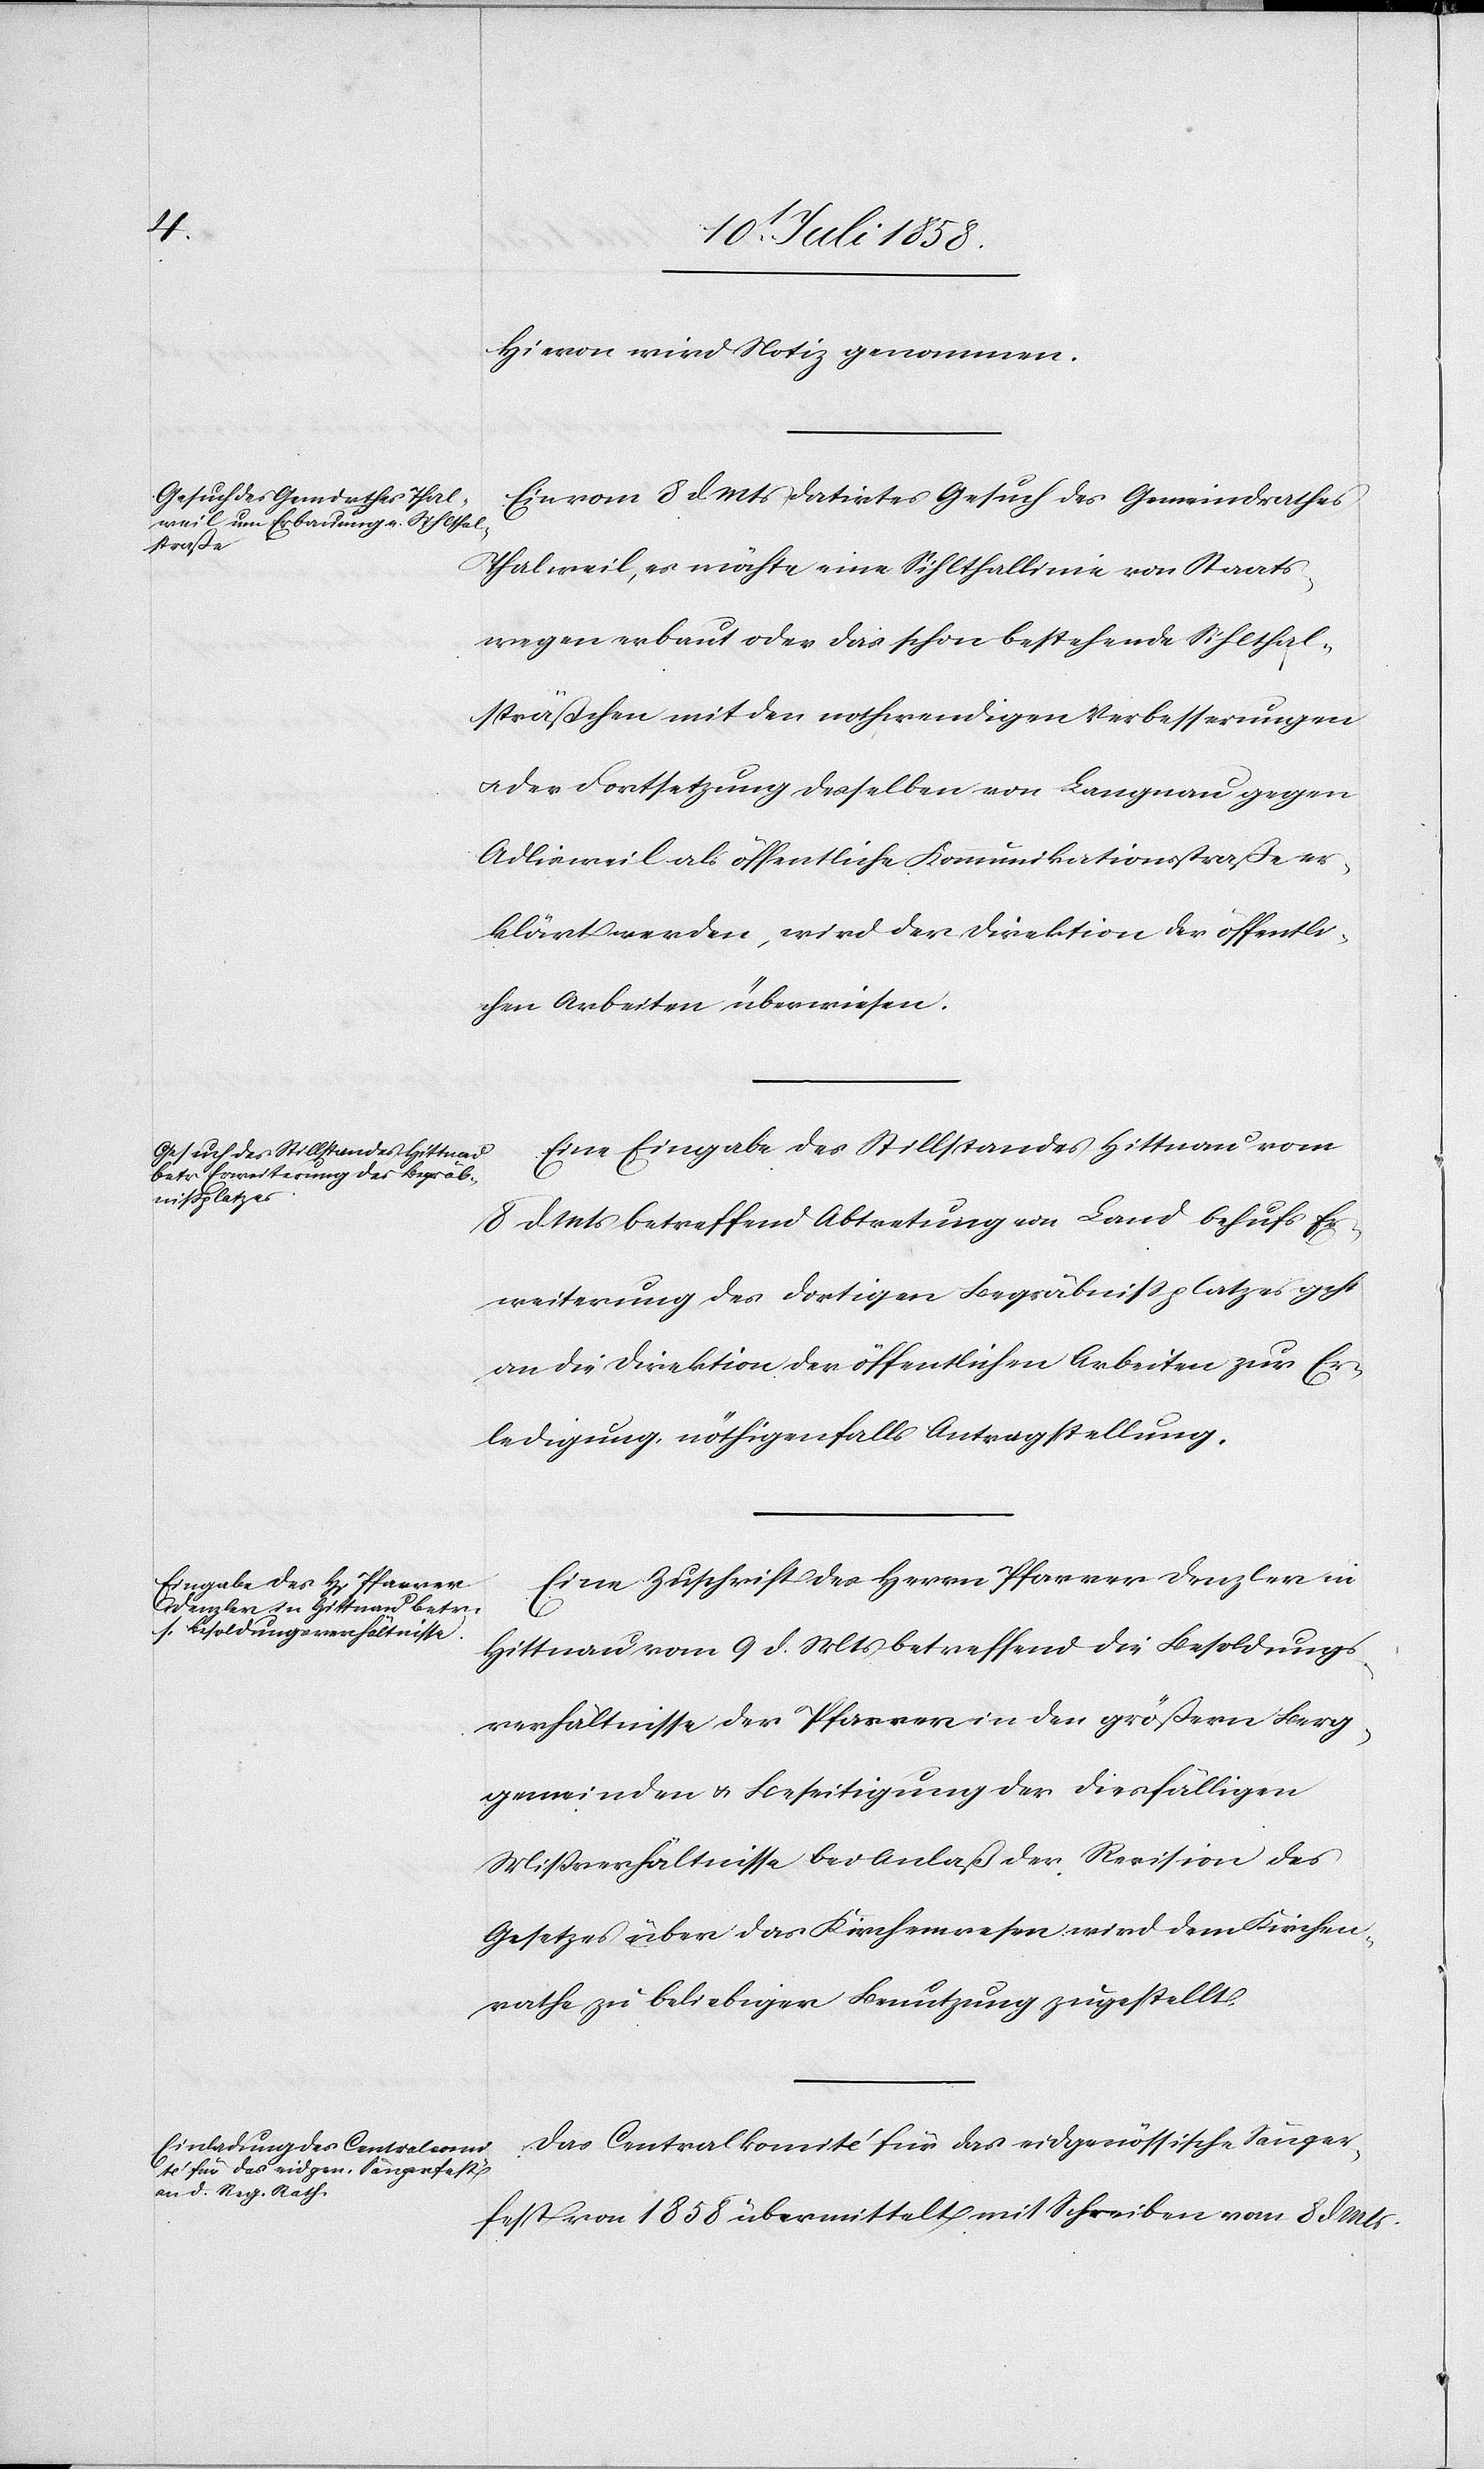
Hievon wird Notiz genommen.
Ein vom 8 d. Mts datirtes Gesuch des Gemeindrathes
Thalweil, es möchte eine Sihlthallinie von Staats¬
wegen erbaut oder das schon bestehende Sihlthal¬
sträßchen mit den nothwendigen Verbesserungen
der Fortsetzung desselben von Langnau gegen
Adlisweil als öffentliche Kommunikationsstraße er¬
klärt werden, wird der Direktion der öffentli¬
chen Arbeiten überwiesen.
Eine Eingabe des Stillstandes Hittnau vom
8 d. Mts betreffend Abtretung von Land behufs Er¬
weiterung des dortigen Begräbnissplatzes geht
an die Direktion der öffentlichen Arbeiten zur Er¬
ledigung, nöthigenfalls Antragstellung.
Eine Zuschrift des Herrn Pfarrer Denzler in
Hittnau vom 9 d. Mts betreffend die Besoldungs¬
verhältnisse der Pfarrer in den größern Berg¬
gemeinden & Beseitigung der diesfälligen
Mißverhältnisse bei Anlaß der Revision des
Gesetzes über das Kirchenwesen wird dem Kirchen¬
rathe zu beliebiger Benutzung zugestellt.
Das Centralkomité für das eidgenössische Sänger¬
fest von 1858 übermittelt mit Schreiben vom 8 d. Mts.